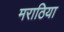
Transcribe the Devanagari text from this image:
मराठिया